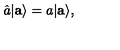
\hat { a } | { \bf a } \rangle = a | { \bf a } \rangle ,